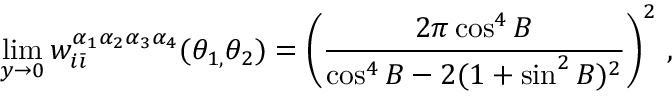
\operatorname * { l i m } _ { y \rightarrow 0 } w _ { i \bar { \imath } } ^ { \alpha _ { 1 } \alpha _ { 2 } \alpha _ { 3 } \alpha _ { 4 } } ( \theta _ { 1 , } \theta _ { 2 } ) = \left( \frac { 2 \pi \cos ^ { 4 } B } { \cos ^ { 4 } B - 2 ( 1 + \sin ^ { 2 } B ) ^ { 2 } } \right) ^ { 2 } \, ,